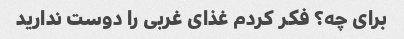
برای چه؟ فکر کردم غذای غربی را دوست ندارید